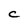
Character: C